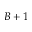
B + 1